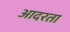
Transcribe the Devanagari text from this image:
आदरता